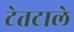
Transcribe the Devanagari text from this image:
टेतटाले